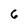
Character: 6